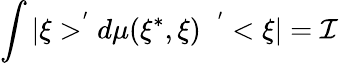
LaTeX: \int|\xi>^{^{\prime}}d\mu(\xi^{*},\xi)\; \; ^{^{\prime}}<\xi|=\mathcal{I}